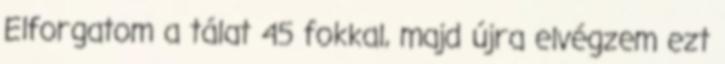
Elforgatom a tálat 45 fokkal, majd újra elvégzem ezt